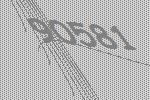
90581